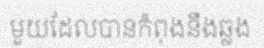
មួយដែលបានកំពុងនឹងឆ្លង